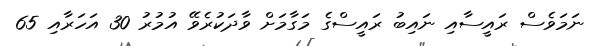
ނަމަވެސް ރައީސާއި ނައިބު ރައީސްގެ މަގާމަށް ވާދަކުރެވޭ އުމުރު 30 އަހަރާއި 65